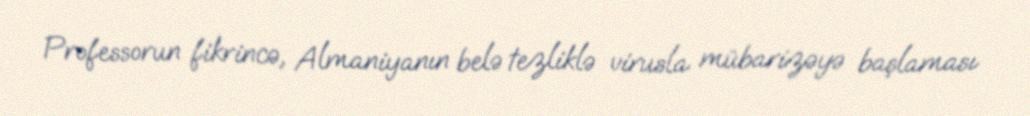
Professorun fikrincə, Almaniyanın belə tezliklə virusla mübarizəyə başlaması